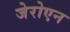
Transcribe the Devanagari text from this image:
जेरोएन